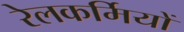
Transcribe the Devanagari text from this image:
रेलकर्मियों